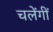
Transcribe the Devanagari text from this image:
चलेंगीं